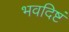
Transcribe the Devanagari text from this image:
भवदिष्टं